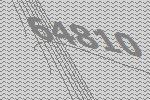
64810